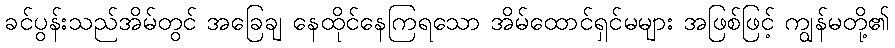
ခင်ပွန်းသည်အိမ်တွင် အခြေချ နေထိုင်နေကြရသော အိမ်ထောင်ရှင်မများ အဖြစ်ဖြင့် ကျွန်မတို့၏